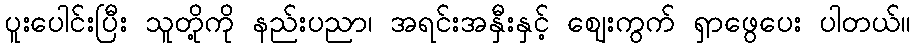
ပူးပေါင်းပြီး သူတို့ကို နည်းပညာ၊ အရင်းအနှီးနှင့် ဈေးကွက် ရှာဖွေပေး ပါတယ်။